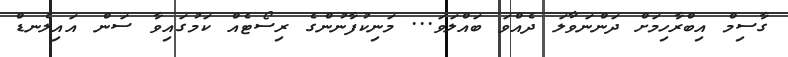
ގާސިމް އިބްރާހިމަށް ދަންނަވާލަ ދެއްވަ ބައްލަވަ... މަނިކުފާނުންގެ ރިސޯޓެއް ކަމުގައިވާ ސަން އައިލެނޑް